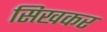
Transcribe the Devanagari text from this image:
सिखकर